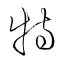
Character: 特